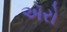
ઍરો